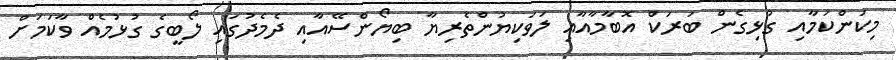
މިކަންކަމާއި ގުޅިގެން ބަރަކް އޮބާމާއާއި ލަވަކިޔުންތެރިޔާ ބިޔޯންސޭއާއި ދެމެދުގައި ލޯބީގެ ގުޅުމެއް ވާކަމަށް